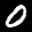
Label: 0